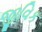
જીવિક